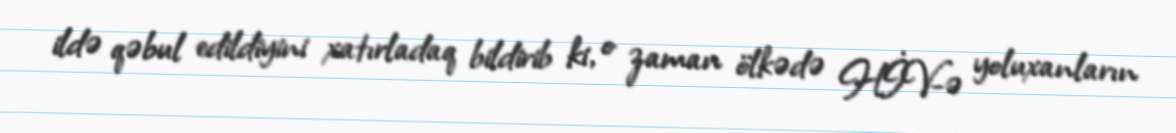
ildə qəbul edildiyini xatırladaq bildirib ki, o zaman ölkədə HİV-ə yoluxanların